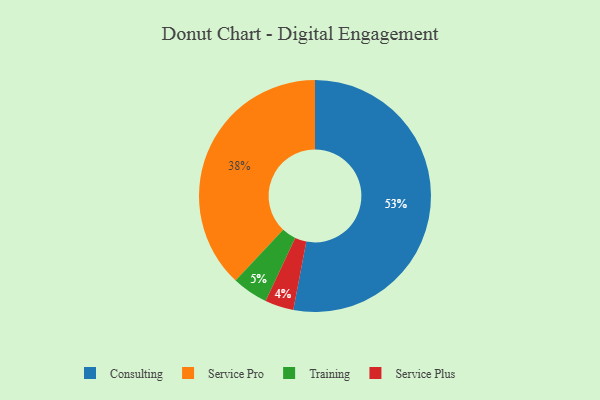
{"axis": {"x": "Category", "y": "Percentage"}, "legend": ["Consulting", "Service Plus", "Service Pro", "Training"], "data": [{"x": "Service Plus", "y": 4, "type": "Service Plus"}, {"x": "Training", "y": 5, "type": "Training"}, {"x": "Service Pro", "y": 38, "type": "Service Pro"}, {"x": "Consulting", "y": 53, "type": "Consulting"}]}